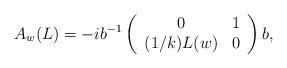
LaTeX: \begin{align*}A_w(L) = -i b^{-1} \left(\begin{array}{cc} 0 & 1 \\ (1/k) L(w) & 0 \end{array} \right)b,\end{align*}